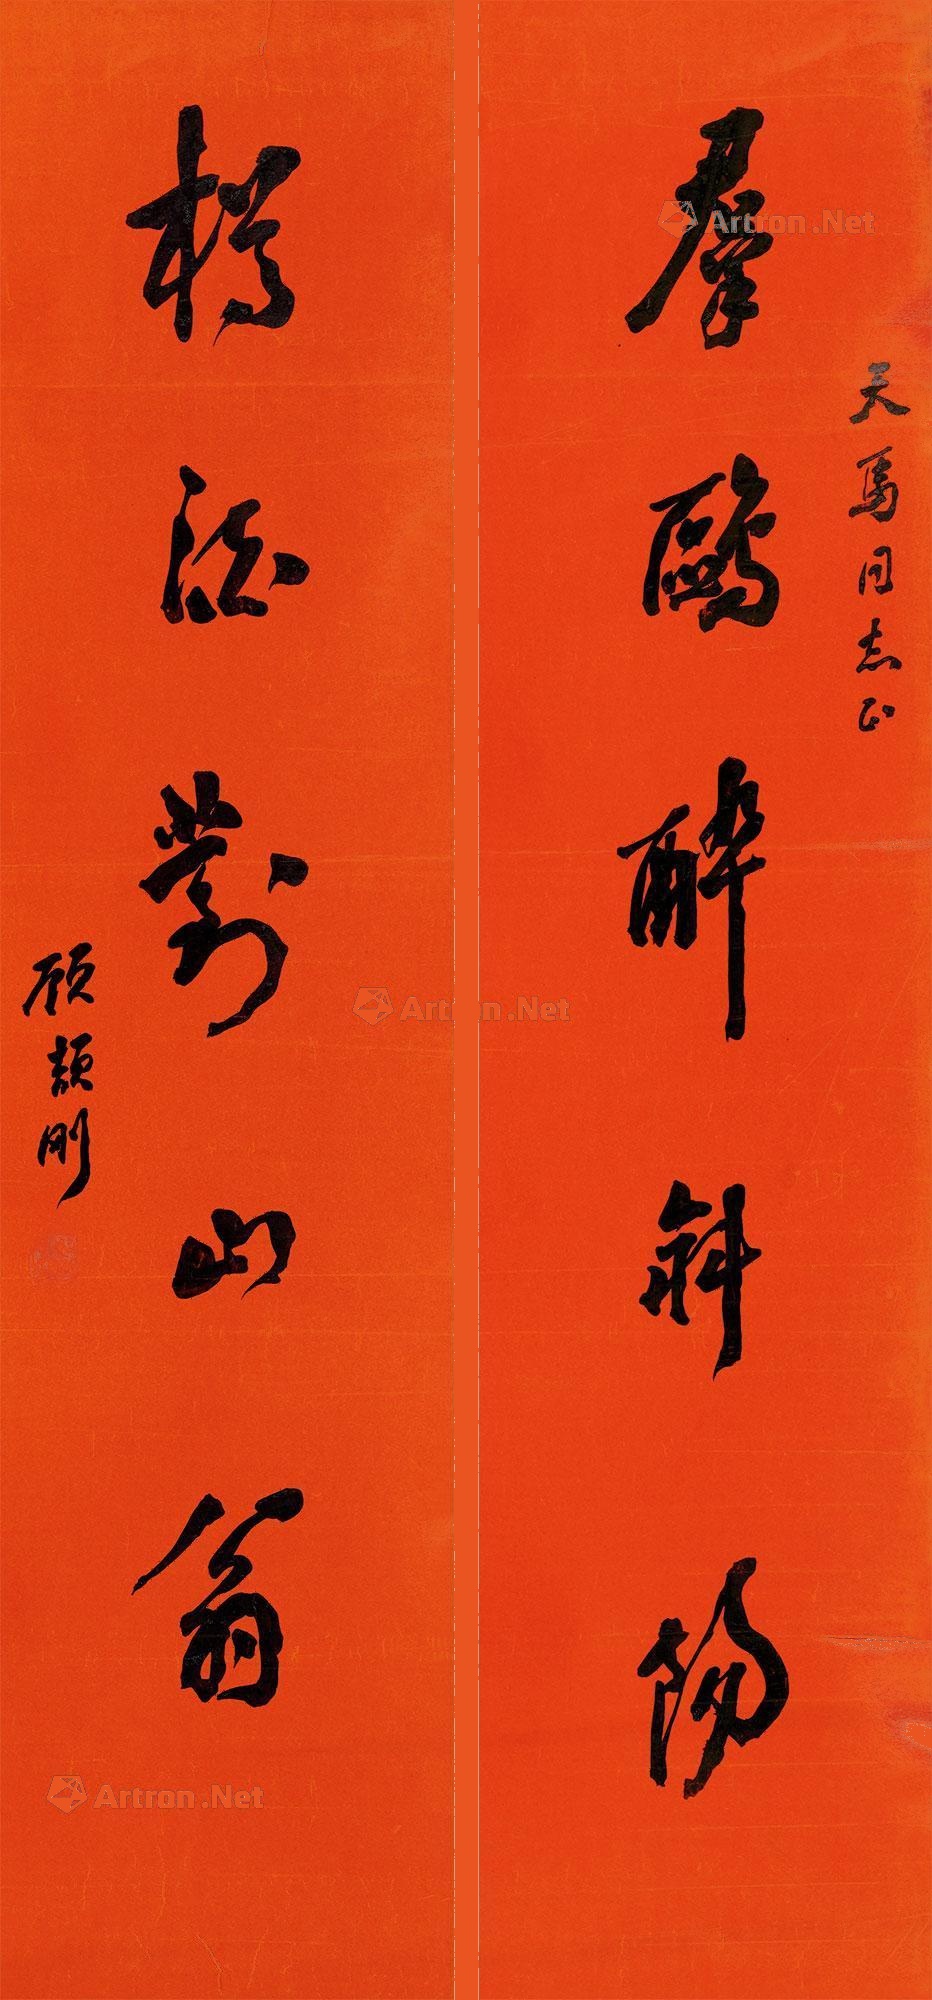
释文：群鸥醉斜阳，樽酒对山翁。天马同志正，顾颉刚。